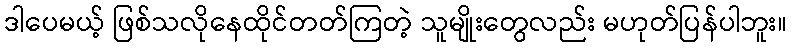
ဒါပေမယ့် ဖြစ်သလိုနေထိုင်တတ်ကြတဲ့ သူမျိုးတွေလည်း မဟုတ်ပြန်ပါဘူး။